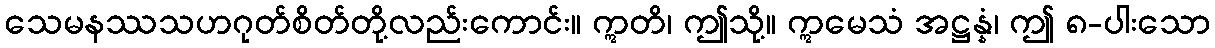
သေမနဿသဟဂုတ်စိတ်တို့လည်းကောင်း။ ဣတိ၊ ဤသို့။ ဣမေသံ အဋ္ဌန္နံ၊ ဤ ၈-ပါးသော